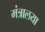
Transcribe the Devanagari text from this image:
मंत्रालया